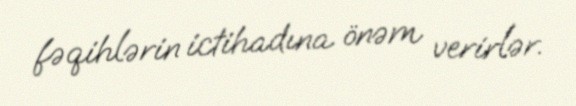
fəqihlərin ictihadına önəm verirlər.